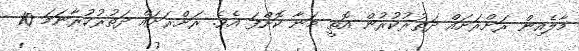
މާލެއިން ރަށްރަށައް ދަތުރުކުރުން އޮތީ މަނާ ކޮށްފަ އެވެ. ރަށްރަށައް ދަތުރުކުރާނަމަ 10